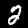
Label: 2